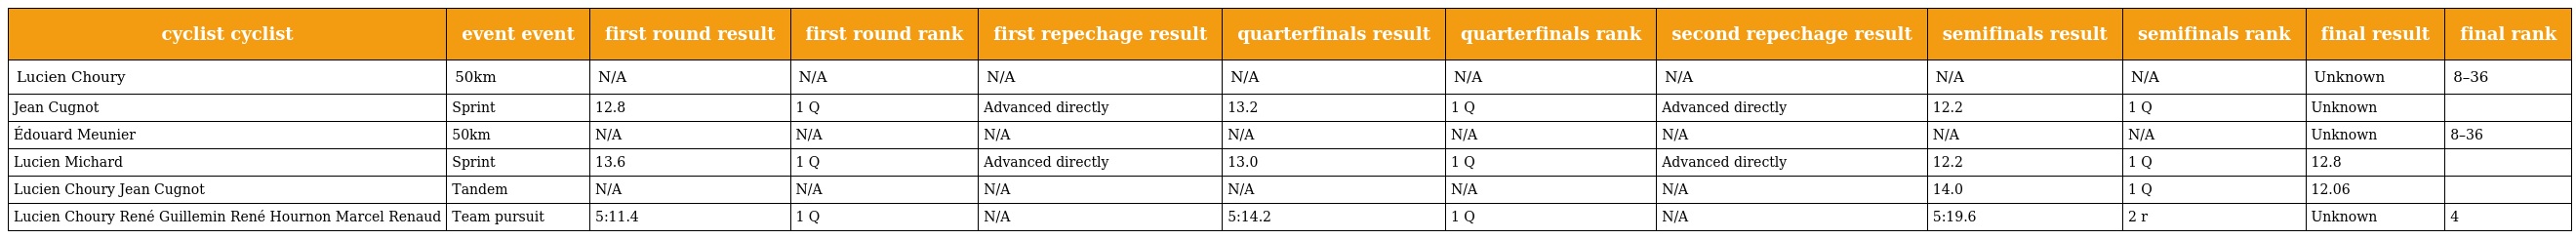
| cyclist cyclist | event event | first round result | first round rank | first repechage result | quarterfinals result | quarterfinals rank | second repechage result | semifinals result | semifinals rank | final result | final rank |
 | --- | --- | --- | --- | --- | --- | --- | --- | --- | --- | --- | --- |
 | Lucien Choury | 50km | N/A | N/A | N/A | N/A | N/A | N/A | N/A | N/A | Unknown | 8–36 |
 | Jean Cugnot | Sprint | 12.8 | 1 Q | Advanced directly | 13.2 | 1 Q | Advanced directly | 12.2 | 1 Q | Unknown |  |
 | Édouard Meunier | 50km | N/A | N/A | N/A | N/A | N/A | N/A | N/A | N/A | Unknown | 8–36 |
 | Lucien Michard | Sprint | 13.6 | 1 Q | Advanced directly | 13.0 | 1 Q | Advanced directly | 12.2 | 1 Q | 12.8 |  |
 | Lucien Choury Jean Cugnot | Tandem | N/A | N/A | N/A | N/A | N/A | N/A | 14.0 | 1 Q | 12.06 |  |
 | Lucien Choury René Guillemin René Hournon Marcel Renaud | Team pursuit | 5:11.4 | 1 Q | N/A | 5:14.2 | 1 Q | N/A | 5:19.6 | 2 r | Unknown | 4 |